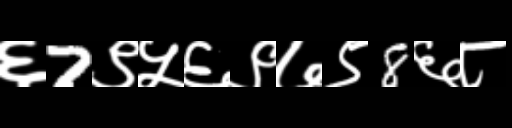
Text: ६7९५६९७९8६८